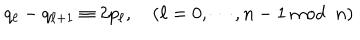
q _ { \ell } - q _ { \ell + 1 } \equiv 2 p _ { \ell } , \quad ( \ell = 0 , \cdots , n - 1 \mathrm { ~ m o d } \, \, \, n )